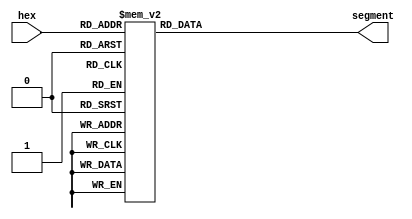
`timescale 1ns / 1ps

module SegmentDecoder(
    input [3:0] hex, output reg [6:0] segment
);

    always @* begin
        case(hex)
            4'h0: segment[6:0] <= 7'b1000000;
            4'h1: segment[6:0] <= 7'b1111001;
            4'h2: segment[6:0] <= 7'b0100100;
            4'h3: segment[6:0] <= 7'b0110000;
            4'h4: segment[6:0] <= 7'b0011001;
            4'h5: segment[6:0] <= 7'b0010010;
            4'h6: segment[6:0] <= 7'b0000010;
            4'h7: segment[6:0] <= 7'b1111000;
            4'h8: segment[6:0] <= 7'b0000000;
            4'h9: segment[6:0] <= 7'b0010000;
            4'hA: segment[6:0] <= 7'b0001000;
            4'hB: segment[6:0] <= 7'b0000011;
            4'hC: segment[6:0] <= 7'b1000110;
            4'hD: segment[6:0] <= 7'b0100001;
            4'hE: segment[6:0] <= 7'b0000110;
            4'hF: segment[6:0] <= 7'b0001110;
        endcase
    end

endmodule